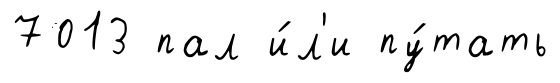
7013 пал и́л'и пу́тать